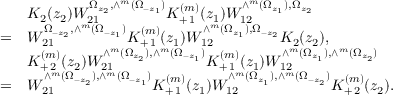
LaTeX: \begin{array} { c l } { { } } & { { K _ { 2 } ( z _ { 2 } ) W _ { 2 1 } ^ { \Omega _ { z _ { 2 } } , \wedge ^ { m } ( \Omega _ { - z _ { 1 } } ) } K _ { + \, 1 } ^ { ( m ) } ( z _ { 1 } ) W _ { 1 2 } ^ { \wedge ^ { m } ( \Omega _ { z _ { 1 } } ) , \Omega _ { z _ { 2 } } } } } \\ { { = } } & { { W _ { 2 1 } ^ { \Omega _ { - z _ { 2 } } , \wedge ^ { m } ( \Omega _ { - z _ { 1 } } ) } K _ { + \, 1 } ^ { ( m ) } ( z _ { 1 } ) W _ { 1 2 } ^ { \wedge ^ { m } ( \Omega _ { z _ { 1 } } ) , \Omega _ { - z _ { 2 } } } K _ { 2 } ( z _ { 2 } ) , } } \\ { { } } & { { K _ { + \, 2 } ^ { ( m ) } ( z _ { 2 } ) W _ { 2 1 } ^ { \wedge ^ { m } ( \Omega _ { z _ { 2 } } ) , \wedge ^ { m } ( \Omega _ { - z _ { 1 } } ) } K _ { + \, 1 } ^ { ( m ) } ( z _ { 1 } ) W _ { 1 2 } ^ { \wedge ^ { m } ( \Omega _ { z _ { 1 } } ) , \wedge ^ { m } ( \Omega _ { z _ { 2 } } ) } } } \\ { { = } } & { { W _ { 2 1 } ^ { \wedge ^ { m } ( \Omega _ { - z _ { 2 } } ) , \wedge ^ { m } ( \Omega _ { - z _ { 1 } } ) } K _ { + \, 1 } ^ { ( m ) } ( z _ { 1 } ) W _ { 1 2 } ^ { \wedge ^ { m } ( \Omega _ { z _ { 1 } } ) , \wedge ^ { m } ( \Omega _ { - z _ { 2 } } ) } K _ { + \, 2 } ^ { ( m ) } ( z _ { 2 } ) . } } \end{array}